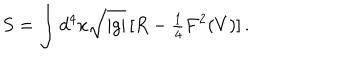
S = \int d ^ { 4 } x \sqrt { | g | } \, [ R - { \textstyle \frac { 1 } { 4 } } F ^ { 2 } ( V ) ] \, .